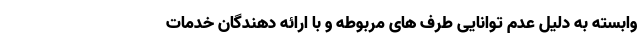
وابسته به دلیل عدم توانایی طرف های مربوطه و با ارائه دهندگان خدمات